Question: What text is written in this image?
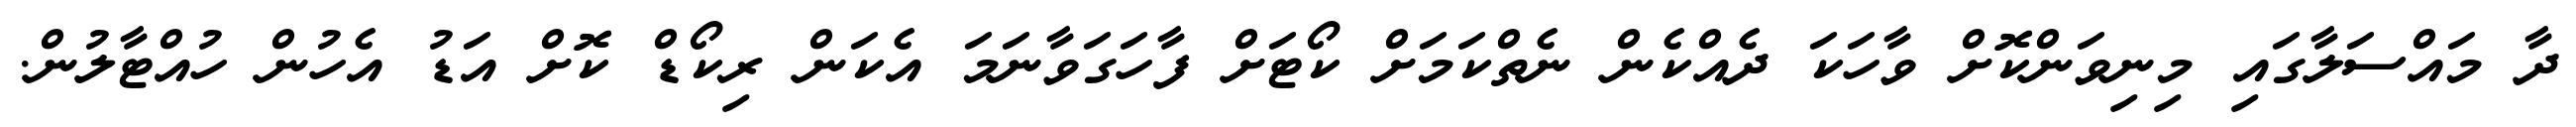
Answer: ދާ މައްސަލާގައި މިނިވަންކޮށް ވާހަކަ ދެއްކެން ނެތްކަމަށް ކޯޓަށް ފާހަގަވާނަމަ އެކަން ރިކޯޑް ކޮށް އަޑު އެހުން ހުއްޓާލުން.